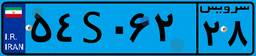
۵۴S۰۶۲۲۸